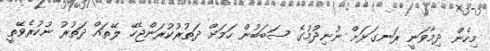
މިހެން ދިމާވަނީ ރަނގަޅަށް ނުނިދުމުގެ ސަބަބުން ހަމަށް ދަތުރުކުރަންޖެހޭ ލޭތައް ދަތުރު ނުކުރެވޭތީ